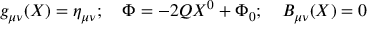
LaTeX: g _ { \mu \nu } ( X ) = \eta _ { \mu \nu } ; \quad \Phi = - 2 Q X ^ { 0 } + \Phi _ { 0 } ; \quad B _ { \mu \nu } ( X ) = 0